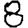
Digit: 8